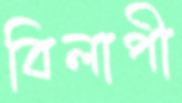
বিলাপী